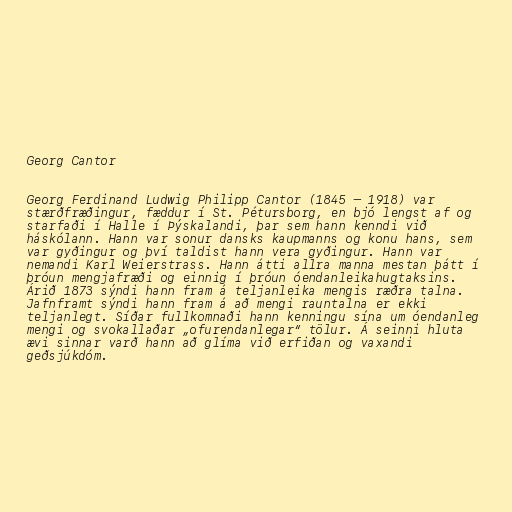
Georg Cantor

Georg Ferdinand Ludwig Philipp Cantor (1845 – 1918) var
stærðfræðingur, fæddur í St. Pétursborg, en bjó lengst af og
starfaði í Halle í Þýskalandi, þar sem hann kenndi við
háskólann. Hann var sonur dansks kaupmanns og konu hans, sem
var gyðingur og því taldist hann vera gyðingur. Hann var
nemandi Karl Weierstrass. Hann átti allra manna mestan þátt í
þróun mengjafræði og einnig í þróun óendanleikahugtaksins.
Árið 1873 sýndi hann fram á teljanleika mengis ræðra talna.
Jafnframt sýndi hann fram á að mengi rauntalna er ekki
teljanlegt. Síðar fullkomnaði hann kenningu sína um óendanleg
mengi og svokallaðar „ofurendanlegar“ tölur. Á seinni hluta
ævi sinnar varð hann að glíma við erfiðan og vaxandi
geðsjúkdóm.